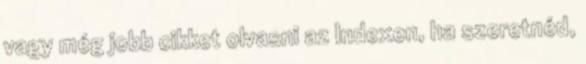
vagy még jobb cikket olvasni az Indexen, ha szeretnéd,